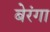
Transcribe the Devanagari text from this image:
बेरंगा